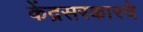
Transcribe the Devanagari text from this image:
केंद्रसरकारचे